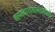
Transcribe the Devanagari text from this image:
बालवाचकांसाठीही